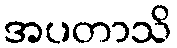
အပတာသိ